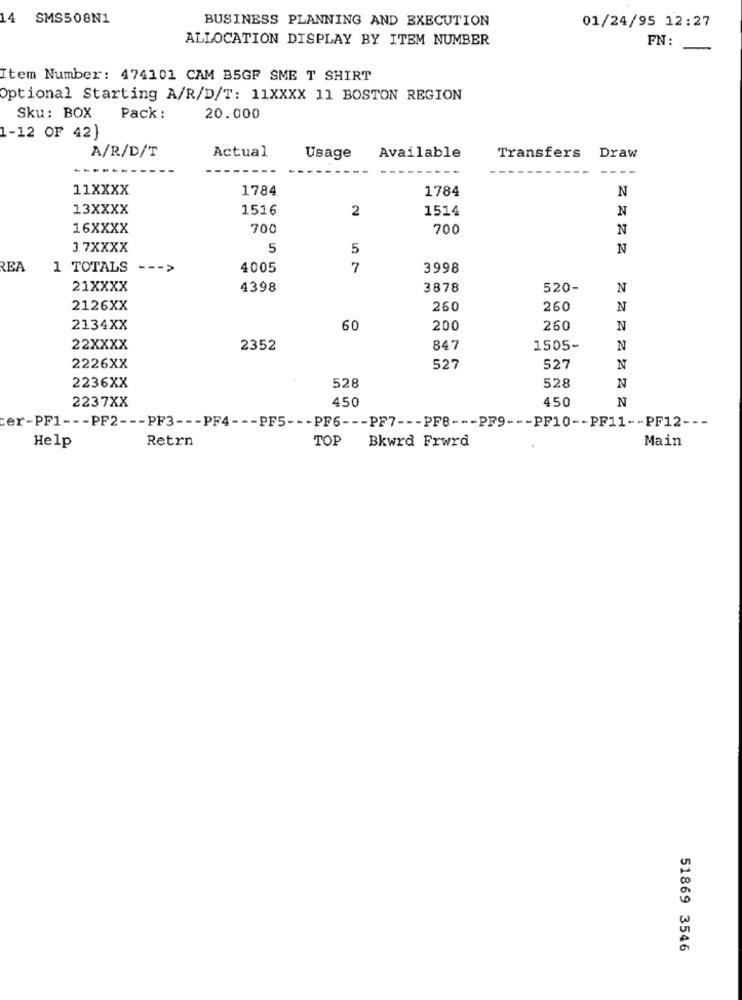
14 SMS508N1
BUSINESS PLANNING AND EXECUTION
01/24/95 12:27
ALLOCATION DISPLAY BY ITEM NUMBER
FN:
Item Number: 474101 CAM B5GF SME T SHIRT
Optional Starting A/R/D/T: 11XXXX 11 BOSTON REGION
Sku: BOX
Pack :
20.000
1-12 OF 42)
A/R/D/T
Actual
Usage
Available
Transfers
Draw
---
11XXXX
1784
1784
N
13XXXX
1516
2
1514
N
16XXXX
700
700
N
17XXXX
5
5
N
REA
1 TOTALS --- >
4005
7
3998
21XXXX
4398
3878
520-
N
2126XX
260
260
N
2134XX
60
200
260
N
22XXXX
2352
847
1505-
N
2226XX
527
527
N
528
528
2236XX
N
2237XX
450
N
450
cer-PF1 --- PF2 --- PF3 --- PF4 --- PF5 --- PF6 --- PF7 --- PF8 --- PF9 --- PF10 -- PF11 -- PF12 ---
Retrn
TOP
Bkwrd Frwrd
Main
Help
51869 3546